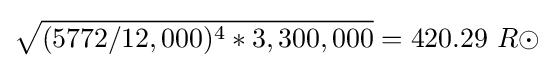
{\sqrt {(5772/12,000)^{4}*3,300,000}}=420.29\ R\odot